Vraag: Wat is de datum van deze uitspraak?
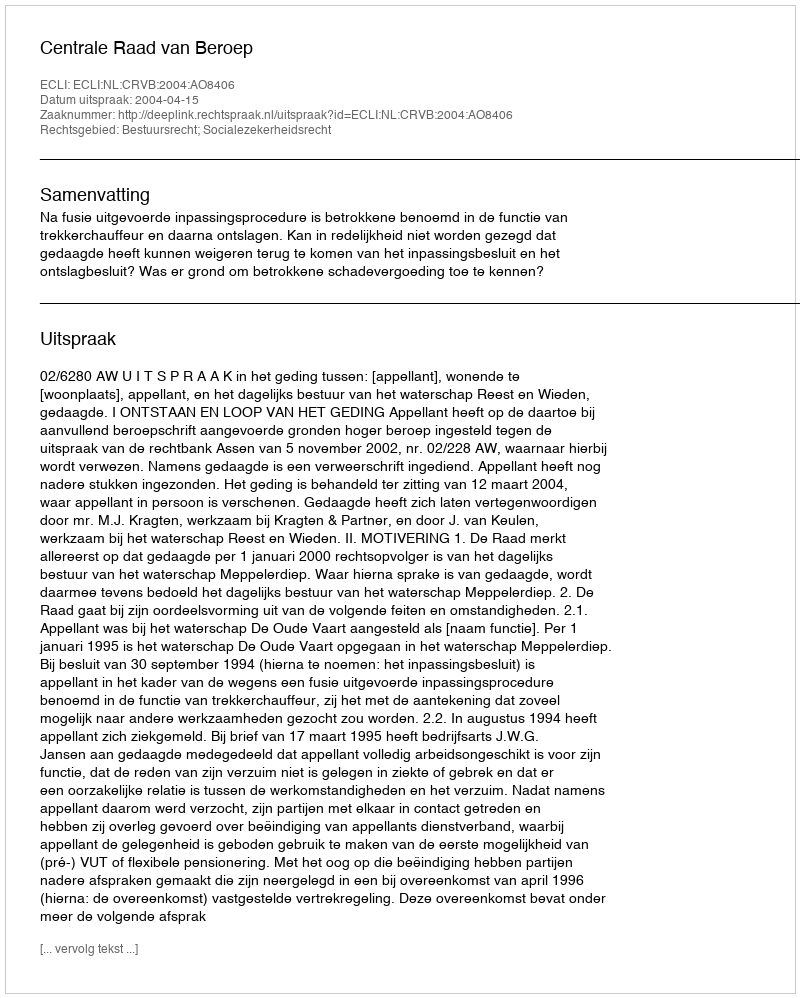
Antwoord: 2004-04-15